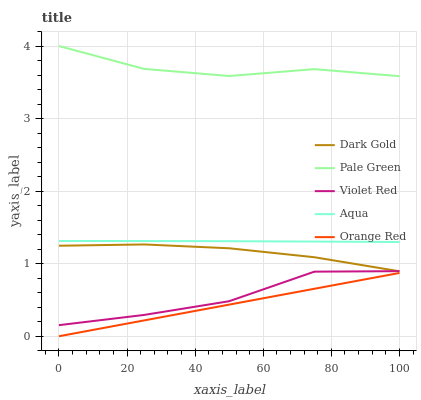
| xaxis_label | Dark Gold | Pale Green | Violet Red | Aqua | Orange Red |
 | --- | --- | --- | --- | --- | --- |
 | 0 | 1.25 | 4 | 0.153 | 1.31 | 0 |
 | 25 | 1.27 | 3.68 | 0.294 | 1.31 | 0.218 |
 | 50 | 1.21 | 3.59 | 0.483 | 1.31 | 0.436 |
 | 75 | 1.09 | 3.68 | 0.89 | 1.31 | 0.654 |
 | 100 | 0.895 | 3.58 | 0.897 | 1.3 | 0.872 |